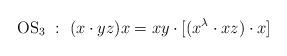
LaTeX: \begin{align*}\textrm{OS$_3$}~:~(x\cdot yz)x=xy\cdot [(x^\lambda \cdot xz)\cdot x]\end{align*}